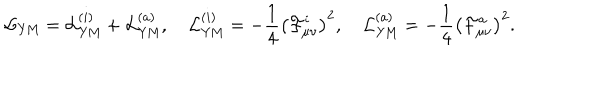
{ \cal L } _ { \mathrm { Y M } } = { \cal L } _ { \mathrm { Y M } } ^ { ( i ) } + { \cal L } _ { \mathrm { Y M } } ^ { ( a ) } , \quad { \cal L } _ { \mathrm { Y M } } ^ { ( i ) } = - \frac 1 4 \left( { \cal F } _ { \mu \nu } ^ { i } \right) ^ { 2 } , \quad { \cal L } _ { \mathrm { Y M } } ^ { ( a ) } = - \frac 1 4 \left( { \cal F } _ { \mu \nu } ^ { a } \right) ^ { 2 } .